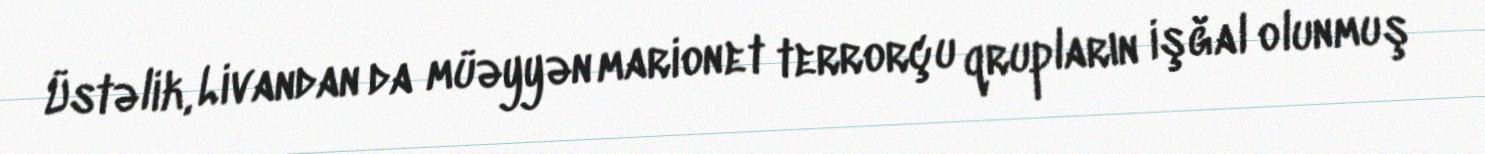
Üstəlik, Livandan da müəyyən marionet terrorçu qrupların işğal olunmuş